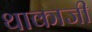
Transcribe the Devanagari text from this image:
थाकाजी